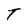
Character: T